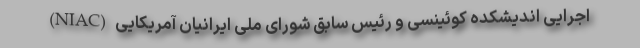
اجرایی اندیشکده کوئینسی و رئیس سابق شورای ملی ایرانیان آمریکایی (NIAC)